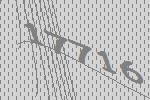
17716